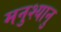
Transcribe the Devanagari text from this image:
मनुश्‍यानु